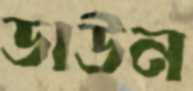
ডাউন